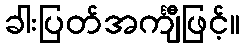
ခါးပြတ်အင်္ကျီဖြင့်။